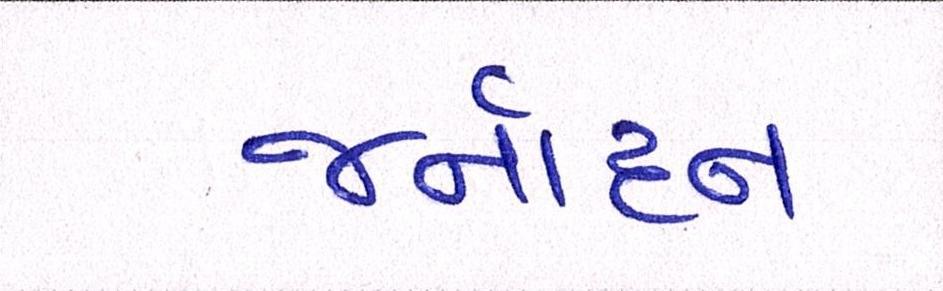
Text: જર્નાદન